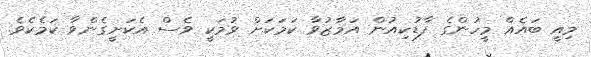
މިއީ ބައެއް މީހުންގެ ފާޑުކިއުން އަމާޒުވާ ކަމަކަށް ވުމަކީ ވެސް އެކަށީގެންވާ ކަމެކެވެ.